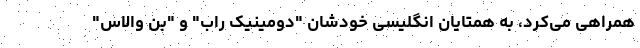
همراهی می‌کرد، به همتایان انگلیسی خودشان "دومینیک راب" و "بن والاس"